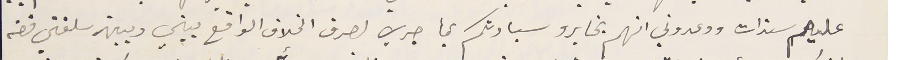
عليهم سندات ووعدوني انهم يخابرو سيادتكم بما جري لصرف الخلاف الواقع بيني وبين سلفتي فضه